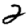
Digit: 2